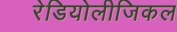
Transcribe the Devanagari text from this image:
रेडियोलीजिकल